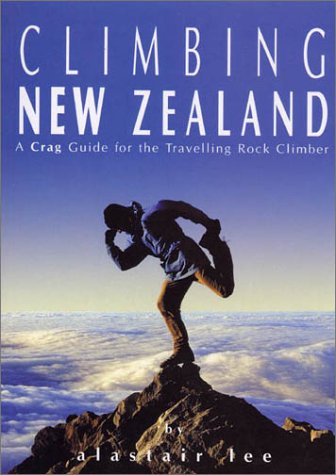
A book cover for Climbing New Zealand: A Crag Guide for the Travelling Rock Climber; Alastair Lee; Sports & Outdoors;